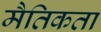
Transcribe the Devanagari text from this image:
मैतिकता